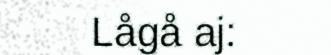
Lågå aj: